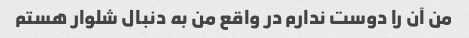
من آن را دوست ندارم در واقع من به دنبال شلوار هستم